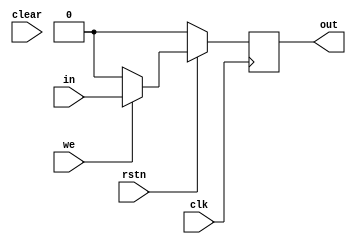
module cache_myreg #(
    parameter width = 1
)(
    input clk,rstn,
    input [width-1 : 0]in,
    output reg [width-1 : 0]out,
    input we,
    input clear
);
always @(posedge clk) begin
    if(!rstn)out <= {(width){1'b0}};
    else if(we)out <= in;
    else if(clear)out <= {(width){1'b0}};
    else out <= 0;
end
endmodule